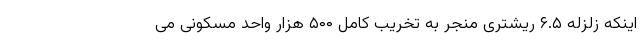
اینکه زلزله ۶.۵ ریشتری منجر به تخریب کامل ۵۰۰ هزار واحد مسکونی می